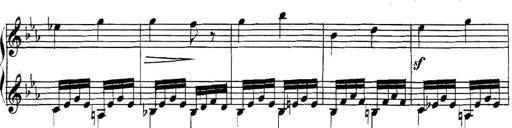
Title: Collected Piano Sonatas
Composer: Muzio Clementi